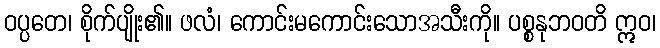
ဝပ္ပတေ၊ စိုက်ပျိုး၏။ ဖလံ၊ ကောင်းမကောင်းသောအသီးကို။ ပစ္စနုဘဝတိ ဣဝ၊